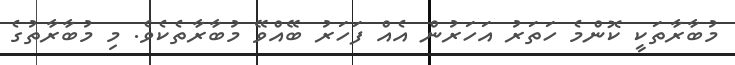
މުބާރާތަކީ ކޮންމެ ހަތަރު އަހަރުން އެއް ފަހަރު ބޭއްވޭ މުބާރާތެކެވެ. މި މުބާރާތުގެ